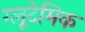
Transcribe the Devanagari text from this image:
ग्लूटेमिक